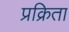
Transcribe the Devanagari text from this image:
प्रक्रिता